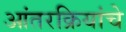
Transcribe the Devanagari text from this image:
आंतरक्रियांचे